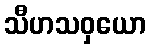
သီဟသဝှယော